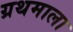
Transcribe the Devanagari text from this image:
ग्रथमाला